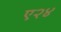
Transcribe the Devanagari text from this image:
ए२४